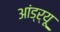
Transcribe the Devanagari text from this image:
आंड्र्यू